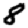
Digit: 8